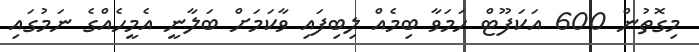
މިގޮތުން 600 އަކަފޫޓް ހަމަވާ ބިމެއް ލިބިފައި ވާކަމަށް ބަލާނީ އެމީހެއްގެ ނަމުގައި